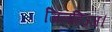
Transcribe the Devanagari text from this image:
जिलहिज्ज।